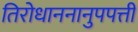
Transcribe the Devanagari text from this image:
तिरोधाननानुपपत्ती